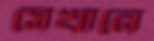
সেখানে